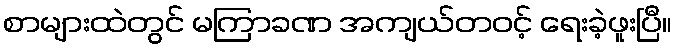
စာများထဲတွင် မကြာခဏ အကျယ်တဝင့် ရေးခဲ့ဖူးပြီ။